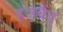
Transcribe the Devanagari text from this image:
हज़बैंड